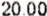
20.00